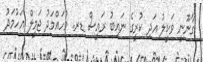
ގާނޫނީ ވަކީލު އަދި ކުރީގެ ނައިބު ރައީސް ޑރ. މުހައްމަދު ޖަމީލް އަހުމަދު